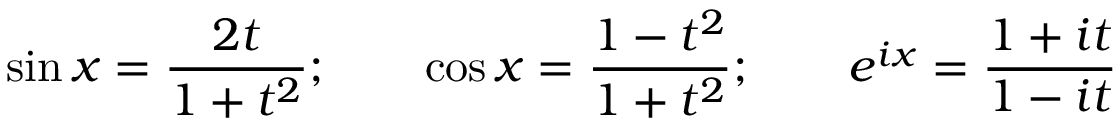
\sin x = { \frac { 2 t } { 1 + t ^ { 2 } } } ; \qquad \cos x = { \frac { 1 - t ^ { 2 } } { 1 + t ^ { 2 } } } ; \qquad e ^ { i x } = { \frac { 1 + i t } { 1 - i t } }